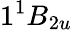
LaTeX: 1^{1}B_{2u}